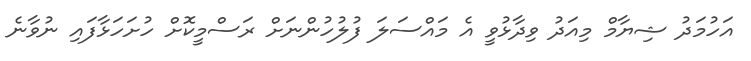
އަހުމަދު ޝިޔާމް މިއަދު ވިދާޅުވީ އެ މައްސަލަ ފުލުހުންނަށް ރަސްމީކޮށް ހުށަހަޅާފައި ނުވާނެ